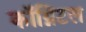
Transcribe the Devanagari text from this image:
कॉग्निटल